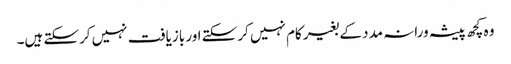
وہ کچھ پیشہ ورانہ مدد کے بغیر کام نہیں کرسکتے اور بازیافت نہیں کرسکتے ہیں۔